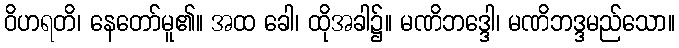
ဝိဟရတိ၊ နေတော်မူ၏။ အထ ခေါ၊ ထိုအခါ၌။ မဏိဘဒ္ဒေါ၊ မဏိဘဒ္ဒမည်သော။